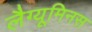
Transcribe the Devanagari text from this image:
लैग्यूमिनस